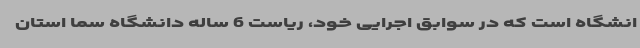
انشگاه است که در سوابق اجرایی خود، ریاست 6 ساله دانشگاه سما استان